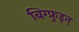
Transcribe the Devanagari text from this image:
बिग्फ्रुइत्